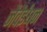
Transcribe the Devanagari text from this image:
जैवैईंधन